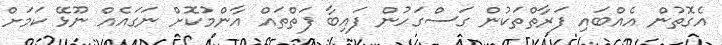
އެގޮތުން އެއްބައި ފަރާތްތަކުން ގަސްގަހުން ފައިބާ ފަތްތައް އާންމުކޮށް ނަގައެއް ނޫޅޭ ކަމަށް